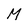
Character: M